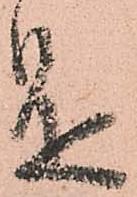
是